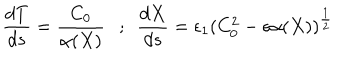
\frac { d T } { d s } = \frac { C _ { 0 } } { \alpha ( X ) } \ \ \ ; \ \ \frac { d X } { d s } = \epsilon _ { 1 } ( C _ { 0 } ^ { 2 } - \epsilon \alpha ( X ) ) ^ { \frac { 1 } { 2 } }